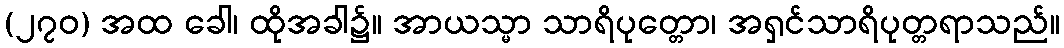
(၂၇၀) အထ ခေါ၊ ထိုအခါ၌။ အာယသ္မာ သာရိပုတ္တော၊ အရှင်သာရိပုတ္တရာသည်။